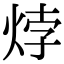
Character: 㶿